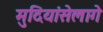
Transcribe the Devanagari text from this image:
मुदियांसेलागे